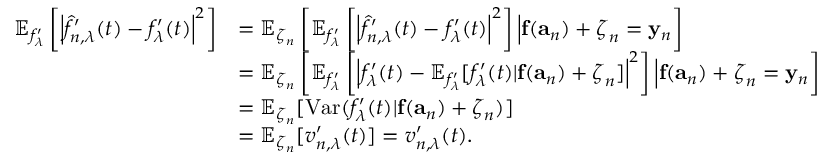
\begin{array} { r l } { \mathbb { E } _ { f _ { \lambda } ^ { \prime } } \left[ \left| \hat { f } _ { n , \lambda } ^ { \prime } ( t ) - f _ { \lambda } ^ { \prime } ( t ) \right| ^ { 2 } \right] } & { = \mathbb { E } _ { \boldsymbol \zeta _ { n } } \left[ \mathbb { E } _ { f _ { \lambda } ^ { \prime } } \left[ \left| \hat { f } _ { n , \lambda } ^ { \prime } ( t ) - f _ { \lambda } ^ { \prime } ( t ) \right| ^ { 2 } \right] \Big \vert \mathbf { f } ( \mathbf { a } _ { n } ) + \boldsymbol \zeta _ { n } = \mathbf { y } _ { n } \right] } \\ & { = \mathbb { E } _ { \boldsymbol \zeta _ { n } } \left[ \mathbb { E } _ { f _ { \lambda } ^ { \prime } } \left[ \left| f _ { \lambda } ^ { \prime } ( t ) - \mathbb { E } _ { f _ { \lambda } ^ { \prime } } [ f _ { \lambda } ^ { \prime } ( t ) \vert \mathbf { f } ( \mathbf { a } _ { n } ) + \boldsymbol \zeta _ { n } ] \right| ^ { 2 } \right] \Big \vert \mathbf { f } ( \mathbf { a } _ { n } ) + \boldsymbol \zeta _ { n } = \mathbf { y } _ { n } \right] } \\ & { = \mathbb { E } _ { \boldsymbol \zeta _ { n } } [ \mathrm { V a r } ( f _ { \lambda } ^ { \prime } ( t ) \vert \mathbf { f } ( \mathbf { a } _ { n } ) + \boldsymbol \zeta _ { n } ) ] } \\ & { = \mathbb { E } _ { \boldsymbol \zeta _ { n } } [ v _ { n , \lambda } ^ { \prime } ( t ) ] = v _ { n , \lambda } ^ { \prime } ( t ) . } \end{array}